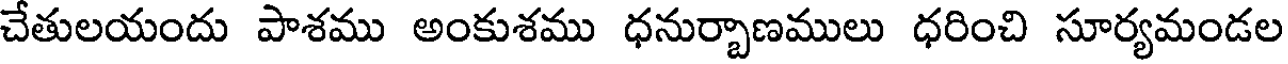
చేతులయందు పాశము అంకుశము ధనుర్చాణములు ధరించి సూర్యమండల